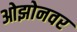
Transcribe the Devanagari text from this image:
ओझोनवर